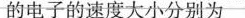
的电子的速度大小分别为